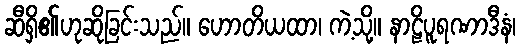
ဆီရှိ၏ဟုဆိုခြင်းသည်။ ဟောတိယထာ၊ ကဲ့သို့။ နာဠိပူရဏာဒီနံ၊